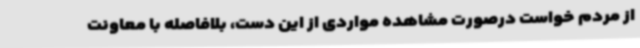
از مردم خواست درصورت مشاهده مواردی از این دست، بلافاصله با معاونت